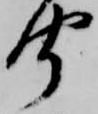
聞